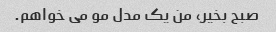
صبح بخیر، من یک مدل مو می خواهم.